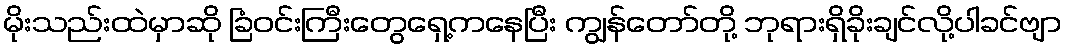
မိုးသည်းထဲမှာဆို ခြံဝင်းကြီးတွေရှေ့ကနေပြီး ကျွန်တော်တို့ ဘုရားရှိခိုးချင်လို့ပါခင်ဗျာ